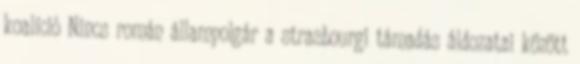
koalíció Nincs román állampolgár a strasbourgi támadás áldozatai között